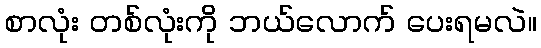
စာလုံး တစ်လုံးကို ဘယ်လောက် ပေးရမလဲ။